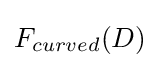
F_{curved}(D)